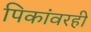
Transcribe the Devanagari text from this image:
पिकांवरही